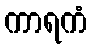
ကာရကံ